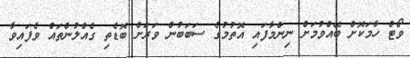
ވޯޓް ހާމަކޮށް ބޭއްވުމަށް ނިންމާފައި އޮތުމުގެ ސަބަބުން ވަރަށް ބޮޑެތި ގެއްލުންތައް ވެފައިވާ